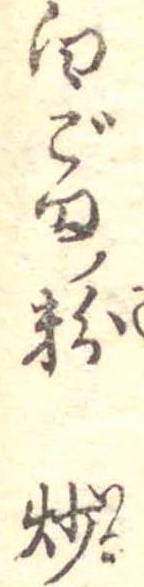
白ごまの粉炒